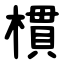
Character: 樌